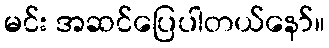
မင်း အဆင်ပြေပါတယ်နော်။